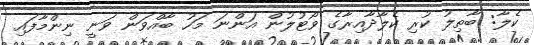
ކެލާ: ބާތިލު ކުރި ކެލާދާއިރާގެ ވޯޓުލުން އަންނަ މަހު ބާއްވަން ވަނީ ނިންމާފައި